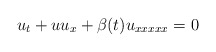
\begin{align*}u_t+uu_x+\beta(t)u_{xxxxx}=0\end{align*}